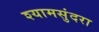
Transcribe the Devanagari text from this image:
श्यामसुंदरा